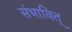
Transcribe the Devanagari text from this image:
संभावित्